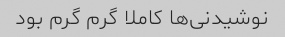
نوشیدنی‌ها کاملا گرم گرم بود